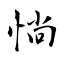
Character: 惝